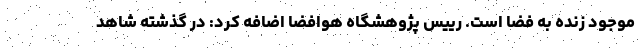
موجود زنده به فضا است. رییس پژوهشگاه هوافضا اضافه کرد: در گذشته شاهد